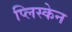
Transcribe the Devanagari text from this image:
प्लिस्केन